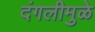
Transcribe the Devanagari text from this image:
दंगलीमुळे